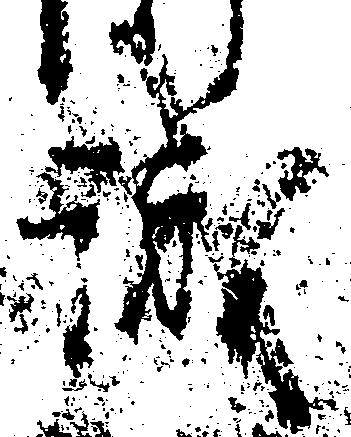
誡